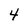
Character: 4